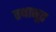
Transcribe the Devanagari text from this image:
तथाभूत